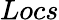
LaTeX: Locs